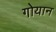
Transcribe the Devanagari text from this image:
गोयान